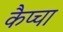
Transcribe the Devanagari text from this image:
कैप्चा